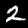
Label: 2